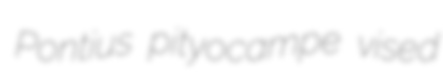
Pontius pityocampe vised